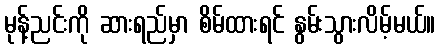
မုန့်ညင်းကို ဆားရည်မှာ စိမ်ထားရင် နွမ်းသွားလိမ့်မယ်။